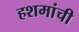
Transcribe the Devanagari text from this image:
हशमांची